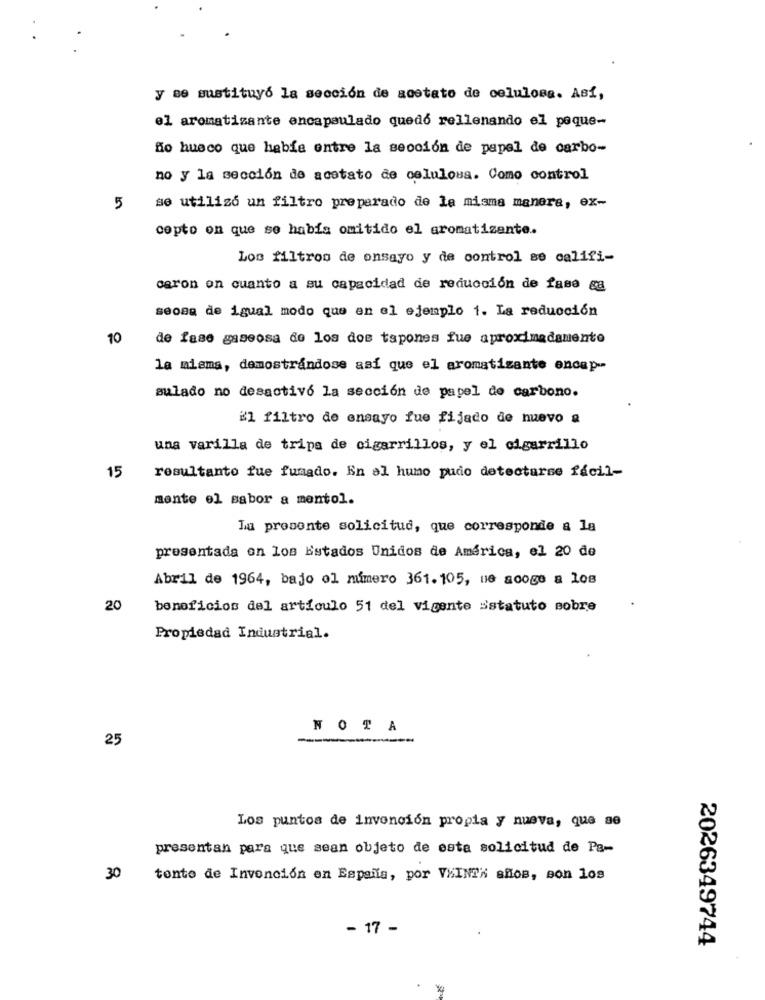
y se sustituye la sección de acetato de celulosa. Así,
el aromatizante encapsulado quedó rellenando el peque-
ño hueco que hable entre la sección de papel de carbo-
no y la sección de acetato de celulosa. Como control
5
se utilizó un filtro preparado de la misma manera, ex-
cepto on que se había omitido el aromatizante.
Los filtros de onsayo y de control se califi-
caron en cuanto a su capacidad de reducción de fase ga
seoss de igual modo que en el ejemplo 1. La reducción
10
de fase gaseosa do los dos tapones fue aproximadamente
la misma, demostrandose asi que el aromatizante encap-
sulado no desactivo la sección de papel de carbono.
il filtro de ensayo fue fijado de nuevo a
una varilla de trips de cigarrillos, y el cigarrillo
15
resultanto fue fumado. En el humo pudo detectarse fácil-
mente el sabor a mentol.
la presente solicitud, que corresponde a la
presentada on los Estados Unidos de América, el 20 de
Abril de 1964, bajo ol mimero 361.105, ne acoge a los
20
beneficios del artículo 51 del vigente sstatuto sobre
Propiedad Industrial.
NOTA
25
Los puntos de invención propia y nueva, que se
presentan para que sean objeto de esta solicitud de Pa-
30
tonto de Invención en España, por VXINT" años, son los
- 17 -
2026349744